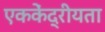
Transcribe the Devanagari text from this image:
एककेंद्रीयता